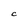
Character: C